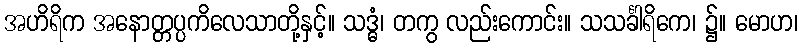
အဟိရိက အနောတ္တပ္ပကိလေသာတို့နှင့်။ သဒ္ဓံ၊ တကွ လည်းကောင်း။ သသင်္ခါရိကေ၊ ၌။ မောဟ၊